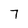
Character: 7